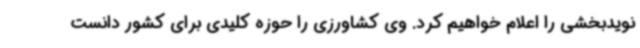
نویدبخشی را اعلام خواهیم کرد. وی کشاورزی را حوزه کلیدی برای کشور دانست